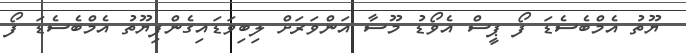
ޔޫތު އެމްބެސެޑަ ފޯ ޕީސް އެވޯޑު މޫސާ އަންވަރަށް ލިބިވަޑައިގެންފިޔޫތު އެމްބެސެޑަ ފޯ